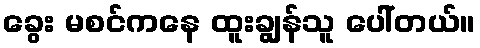
ခွေး မစင်ကနေ ထူးချွန်သူ ပေါ်တယ်။